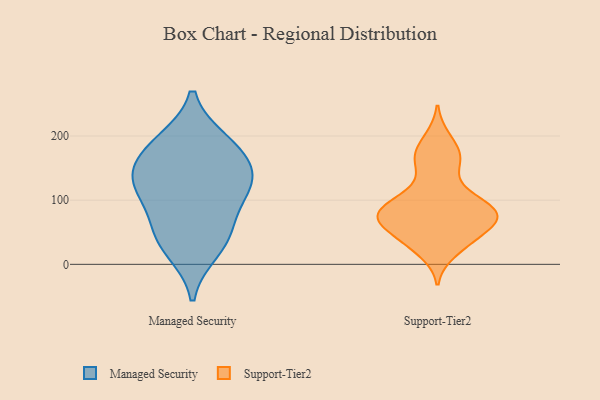
{"axis": {"x": "Shipments", "y": "Value"}, "legend": ["Managed Security", "Support-Tier2"], "data": [{"x": "", "y": 185, "type": "Managed Security"}, {"x": "", "y": 22, "type": "Managed Security"}, {"x": "", "y": 163, "type": "Managed Security"}, {"x": "", "y": 137, "type": "Managed Security"}, {"x": "", "y": 129, "type": "Managed Security"}, {"x": "", "y": 191, "type": "Managed Security"}, {"x": "", "y": 56, "type": "Managed Security"}, {"x": "", "y": 45, "type": "Managed Security"}, {"x": "", "y": 105, "type": "Managed Security"}, {"x": "", "y": 121, "type": "Managed Security"}, {"x": "", "y": 72, "type": "Support-Tier2"}, {"x": "", "y": 50, "type": "Support-Tier2"}, {"x": "", "y": 162, "type": "Support-Tier2"}, {"x": "", "y": 79, "type": "Support-Tier2"}, {"x": "", "y": 173, "type": "Support-Tier2"}, {"x": "", "y": 81, "type": "Support-Tier2"}, {"x": "", "y": 75, "type": "Support-Tier2"}, {"x": "", "y": 108, "type": "Support-Tier2"}, {"x": "", "y": 36, "type": "Support-Tier2"}, {"x": "", "y": 18, "type": "Support-Tier2"}, {"x": "", "y": 118, "type": "Support-Tier2"}, {"x": "", "y": 160, "type": "Support-Tier2"}, {"x": "", "y": 82, "type": "Support-Tier2"}, {"x": "", "y": 94, "type": "Support-Tier2"}, {"x": "", "y": 62, "type": "Support-Tier2"}, {"x": "", "y": 198, "type": "Support-Tier2"}, {"x": "", "y": 74, "type": "Support-Tier2"}, {"x": "", "y": 37, "type": "Support-Tier2"}]}